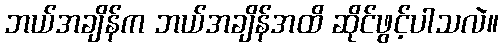
ဘယ်အချိန်က ဘယ်အချိန်အထိ ဆိုင်ဖွင့်ပါသလဲ။